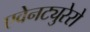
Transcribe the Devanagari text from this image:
एवेनट्युरेरो